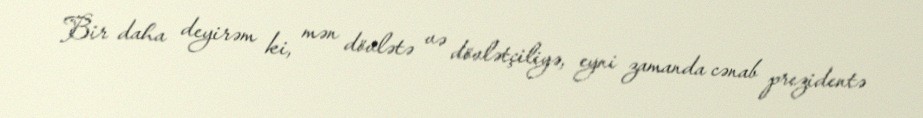
Bir daha deyirəm ki, mən dövlətə və dövlətçiliyə, eyni zamanda cənab prezidentə